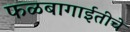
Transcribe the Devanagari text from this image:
फळबागाईतीचे